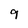
Character: 9